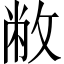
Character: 敝